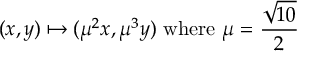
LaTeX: ( x , y ) \mapsto ( \mu ^ { 2 } x , \mu ^ { 3 } y ) { \mathrm { ~ w h e r e ~ } } \mu = { \frac { \sqrt { 1 0 } } { 2 } }